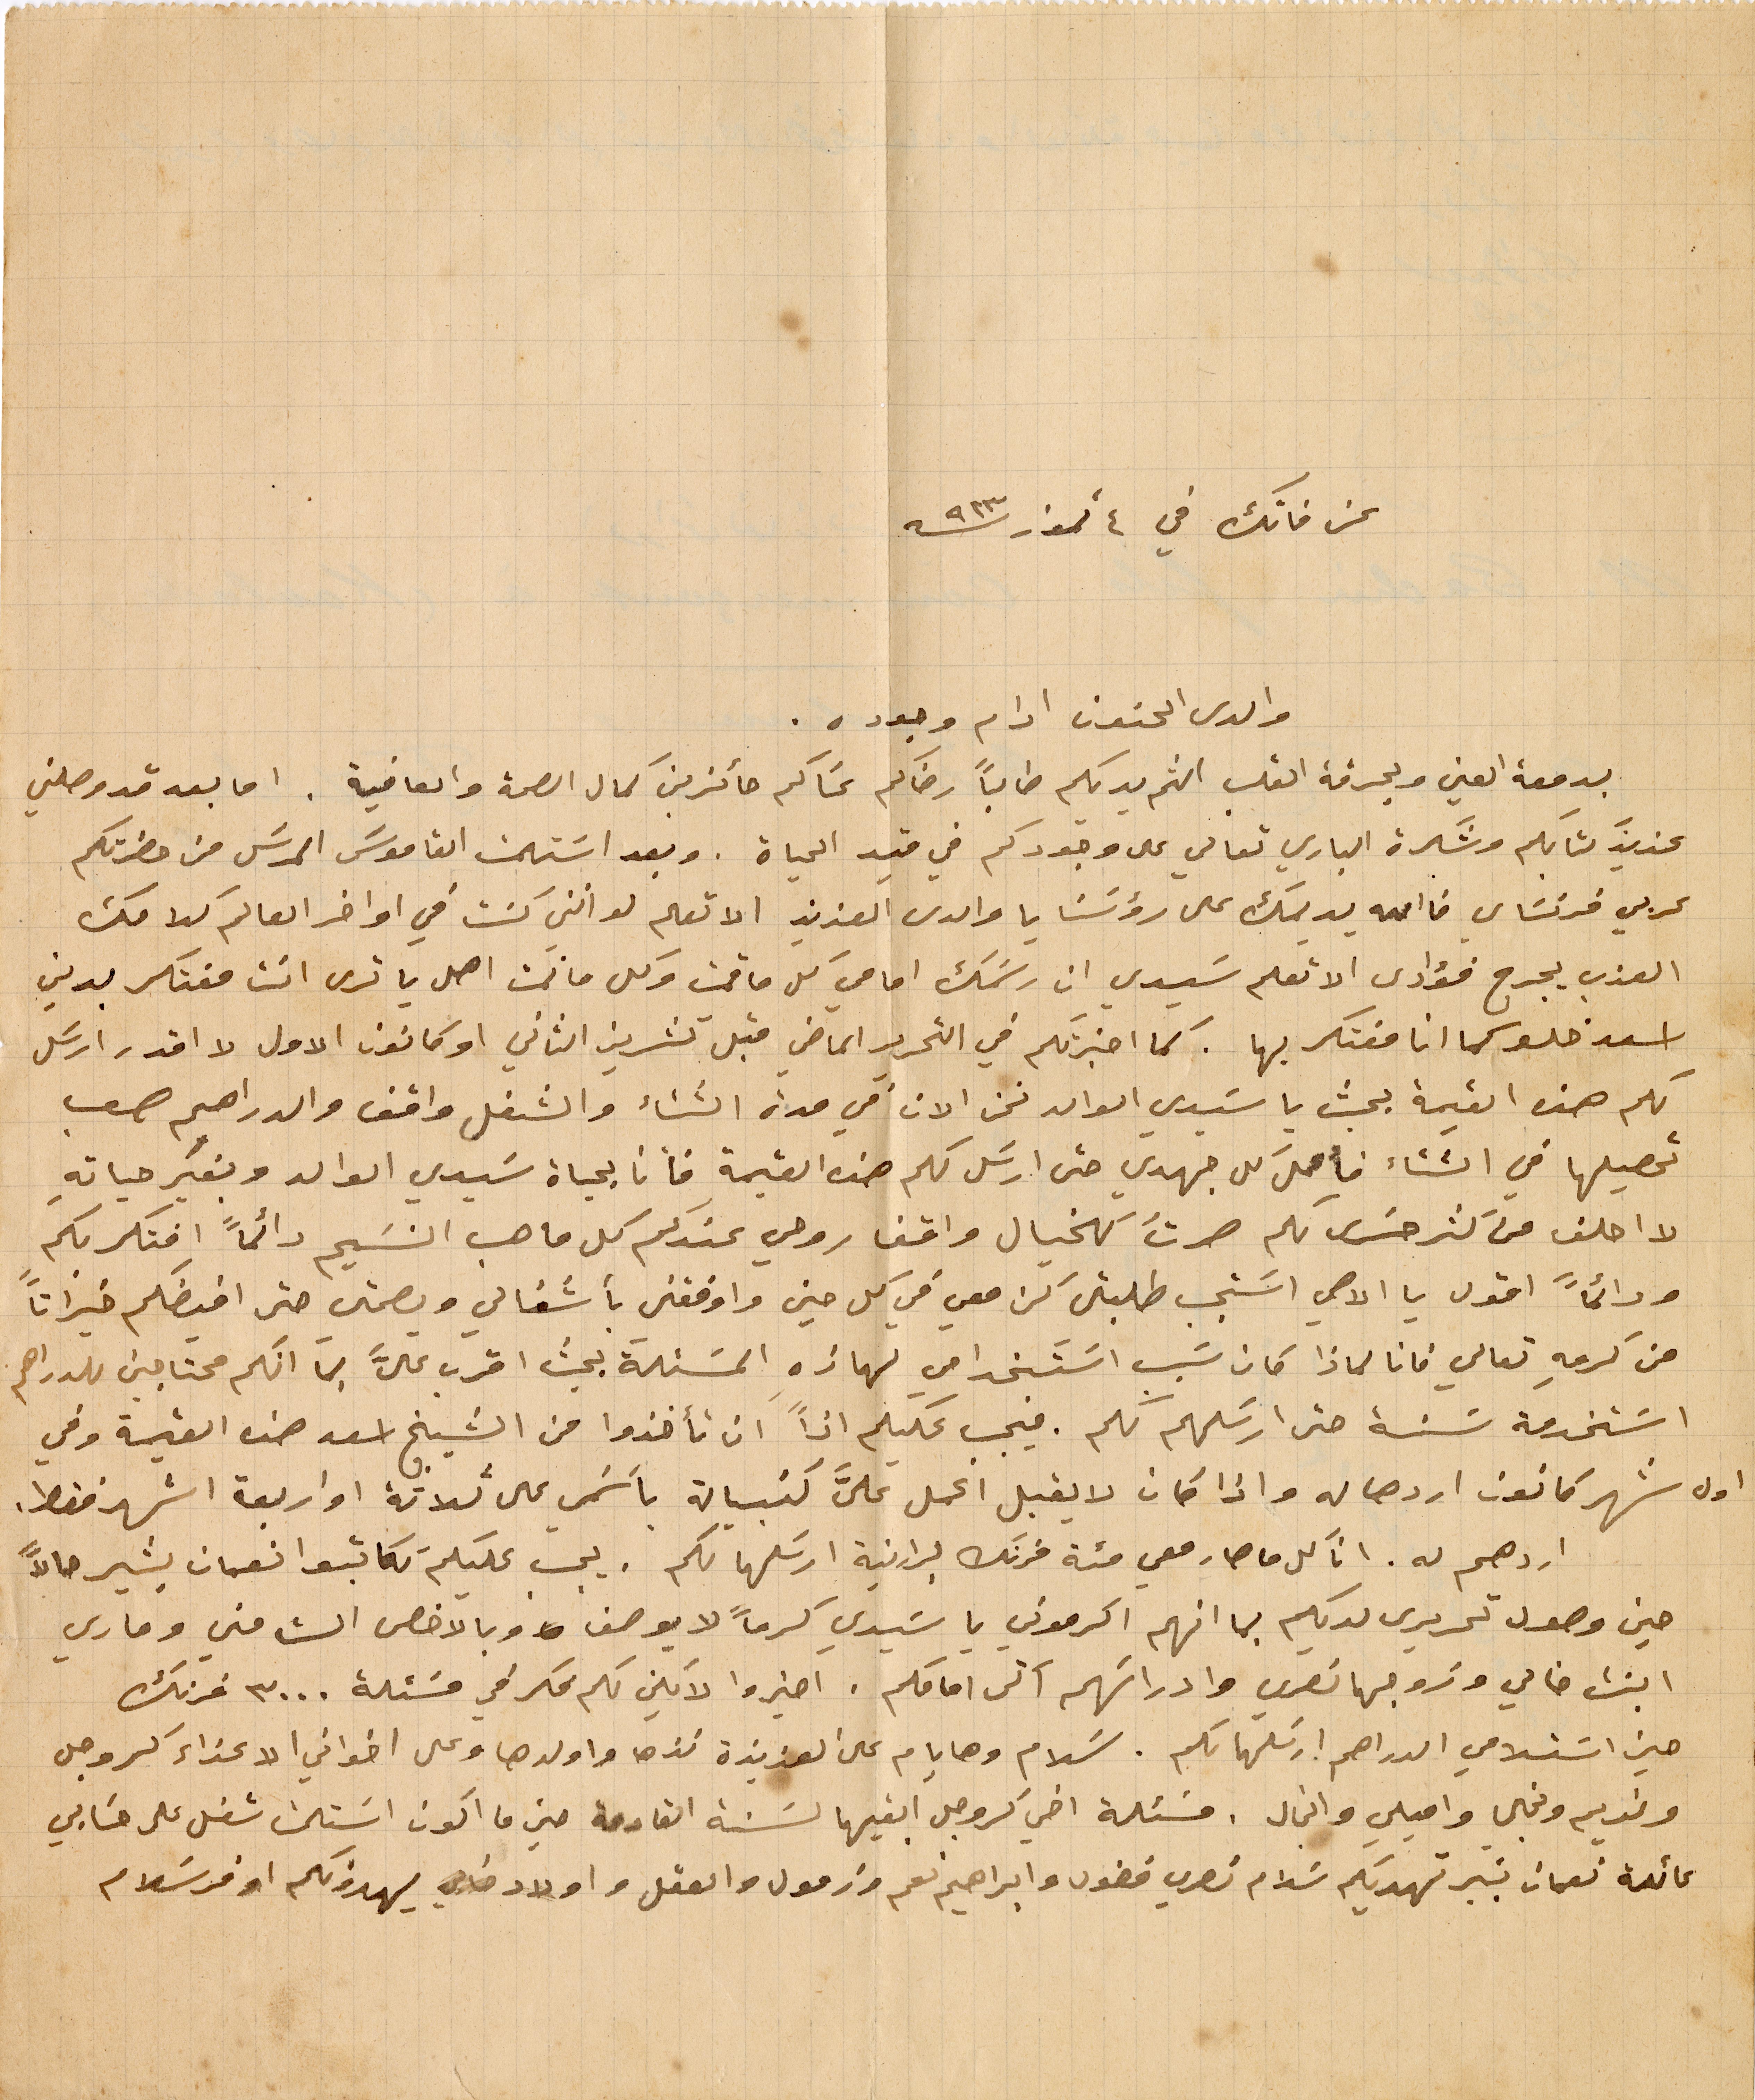
عن فانك في ٤ تموز ٩٢٣
والدي الحنون ادام وجوده.
بدمعة العين وبحرقة القلب الثم يديكم طالباً رضاكم عسَاكم حائزين كمال الصحة والعافية. اما بعد قد وصلني
عزيزَ كتابكم وشكرة الباري تعالي على وجودكم في قيد الحياة. وبعد استلمت القاموسَ المرسَل من حضرتكم
عربي فرنسَاي فالله يديمك على رؤسَنا يا والدي العزيز الا تعلم لو انني كنت في اواخر العالم كلامك
العذب يجرح فؤادي الا تعلم سَيدي ان رسَمك امامي كل ما قمت وكل ما نمت اهل يا ترى انت مفتكر بدين
اسعد فلوس انا مفتكر بها. كما اخبرتكم في التحرير الماضي قبل تشرين الثاني او كانون الاول لا اقدر ارسَل
لكم هذه القيمة بحيث يا سَيدي الوالد نحن الان في مدة الشتاء والشغل واقف والدراهم صعب
تحصيلها في الشتاء فأعمل كل جهدي حتى ارسل لكم هذه القيمة فأنا بحياة سَيدي الوالد وبغير حياتهِ
لا احلف من كتر حسَرتي لكم صرتُ كالخيال واقفا روحي عندكم كل ما هب النسَيم دائماً افتكر بكم
ودائمًا اقول يا الاهي اسَتجب طلبتي كن معي في كل حين واوفقني بأشغالي وبصحتي حتى افيضكم خيراتاً
من كرمهِ تعالى فانا لماذا كان سَبب اسَتنجدا في لهاذهِ المسئلة بحيث اقرب على بما انكم محتاجين للدراهم
اسَتخدمة سنة حتى ارسَلهم لكم. فيجب عليكم اذاً ان تأخذوا من الشيخ اسعد هذه القيمة وفي
اول شهر كانون اردها له واذا كان لا يقبل اعمل عليَّ كنبيالة بأسَمي على ثلاثة او اربعة اشهر فقط.
اردهم له. انا كل ما صار معي مئة فرنك برانية ارسَلها لكم. يجب عليكم تكاتبوا نعمان بشير حالاً
حين وصول تحريري لديكم بما انهم اكرموني يا سيدي كرماً لا يوصف وبالاخص الست مني وماري
ابنت خالي وزوجها نصري وادراتهم الى امامكم. اخبراه لا يكن لكم فكر في مسَئلة ٣٠٠٠ فرنك
حين استلامي الدراهم ارسَلها لكم. سلام وهايام على العزيزة نزها واولدها وعلى اخواني الاعزاء كروجر
ونديم ونجلى واميلي وانجال. مسئلة اخي كروجر ابقيها لسَنة القادمة حين ما اكون استلمت شغل على حسابي
عائلة نعمان بشير تهديكم سلام نصري فضول وابراهيم نعم ورفول والعقل واولاد خالي يهدونكم اوفر سَلام